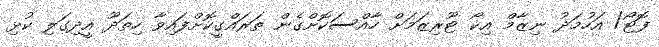
ފޮޓޯ/ އަހުމަދު ނިޒާމް އިކޯ ޓޫރިޒަމަށް ހާއްސަކޮށްގެން ތަރައްގީކޮށްފައިވާ ހިތަދޫ އީދިގަލި ކުޅި